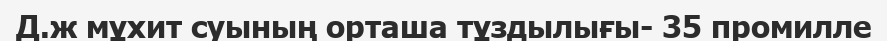
Д.ж мұхит суының орташа тұздылығы- 35 промилле